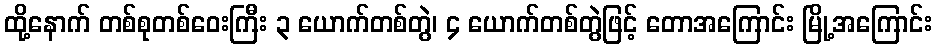
ထို့နောက် တစ်စုတစ်ဝေးကြီး ၃ ယောက်တစ်တွဲ၊ ၄ ယောက်တစ်တွဲဖြင့် တောအကြောင်း မြို့အကြောင်း